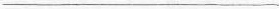
___